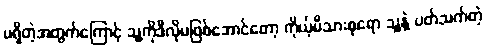
မရှိတဲ့အတွက်ကြောင့် သူ့ကိုဒီလိုမဖြစ်အောင်တော့ ကိုယ့်မိသားစုရော သူ့နဲ့ ပတ်သက်တဲ့